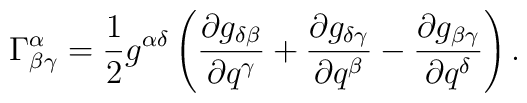
\Gamma _{\beta \gamma }^\alpha =\frac 12 g^{\alpha \delta }\left( \frac{\partial g_{\delta \beta }}{\partial q^\gamma }+\frac{\partial g_{\delta \gamma }}{\partial q^\beta }-\frac{\partial g_{\beta \gamma }}{\partial q^\delta }\right) .